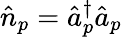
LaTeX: \hat{n}_{p}=\hat{a}_{p}^{\dagger}\hat{a}_{p}